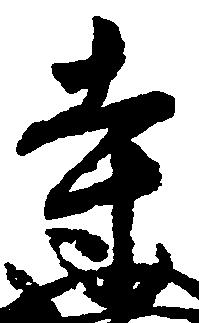
寺